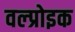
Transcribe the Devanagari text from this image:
वल्प्रोइक